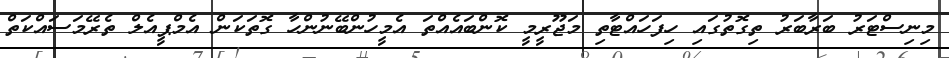
މިނިސްޓަރު ބަރާބަރު ތިގޮތުގައި ހިފަހައްޓާތި މަޖޫރީމީ ކޮންބައެއްތަ އެމީހުންބޭނުންހާ ގޮތަކަން އެމްޕީއެލް ތެރޭމަސައްކަތް